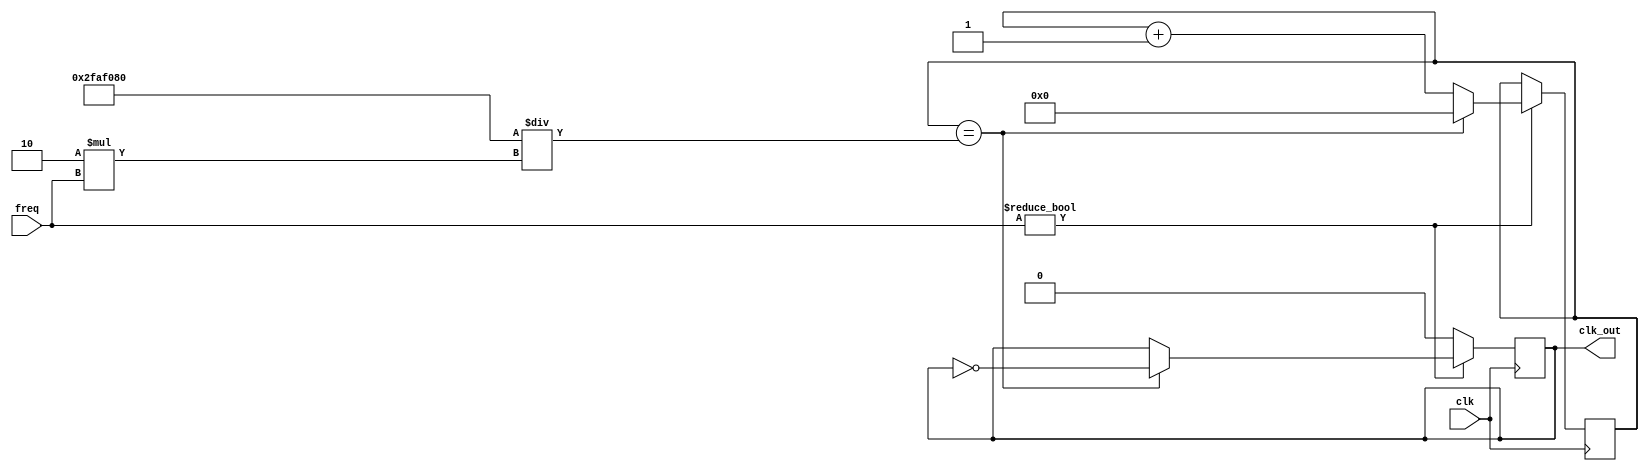

module divisor_frecuencia(
    input clk,
    input wire signed [31:0] freq,	
    output reg clk_out
    );
//frecuencia fpga 50MHz
parameter freq_in = 50000000;

//numero de ciclos que vamos a contar
//wire signed [31:0] N_ciclos = freq_in/(2*freq);

reg [25:0] cuenta = 26'b0;

//inicializo variables
initial begin 
cuenta = 26'b0;
clk_out = 0;
end 


always @(posedge clk) begin

    if (freq != 32'b0)
    begin
	    if(cuenta==(freq_in/(2*freq)))
	    begin
		clk_out = ~clk_out;
		cuenta = 0;
	    end
	    else
	    begin
		cuenta = cuenta + 1;
	    end
    end
    else
    begin 
    	clk_out = 0;
    end
    
    
end
    
    
endmodule